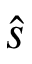
\hat { s }